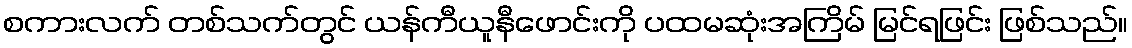
စကားလက် တစ်သက်တွင် ယန်ကီယူနီဖောင်းကို ပထမဆုံးအကြိမ် မြင်ရဖြင်း ဖြစ်သည်။